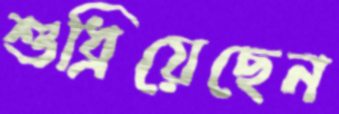
শুধ্‌রিয়েছেন